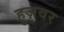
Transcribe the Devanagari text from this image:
हुज़वर